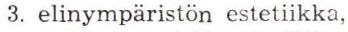
 3. elinympäristön estetiikka,